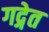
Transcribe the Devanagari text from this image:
गद्गेत